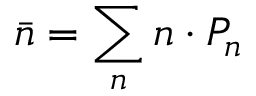
\bar { n } = \sum _ { n } n \cdot P _ { n }